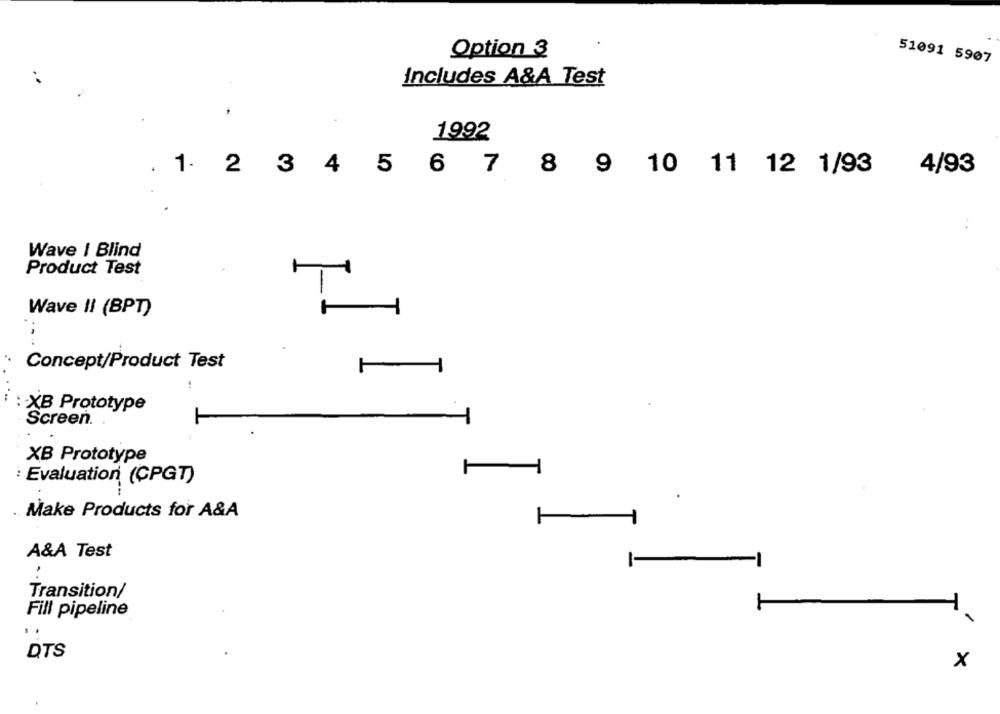
Option 3
51091 5907
Includes A&A Test
1992
. 1. 2
3
4
£
4/93
5 6 7
8
9 10 11 12 1/93
Wave | Blind
Product Test
Wave II (BPT)
1
Concept/Product Test
: XB Prototype
Screen.
XB Prototype
: Evaluation (CPGT)
Make Products for A&A
-
A&A Test
Transition/
-
T
Fill pipeline
.
DTS
x